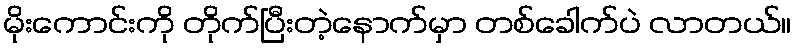
မိုးကောင်းကို တိုက်ပြီးတဲ့နောက်မှာ တစ်ခေါက်ပဲ လာတယ်။